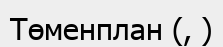
Төменплан (, )